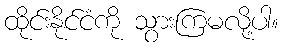
ထိုင်းနိုင်ငံကို သွားကြမလို့ပါ။